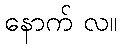
နောက် လ။